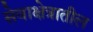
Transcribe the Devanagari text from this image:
सेवाक्षेत्रातील